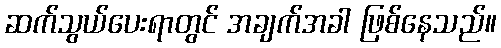
ဆက်သွယ်ပေးရာတွင် အချက်အခါ ဖြစ်နေသည်။